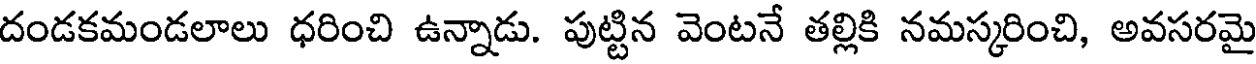
దండకమండలాలు ధరించి ఉన్నాడు. పుట్టిన వెంటనే తల్లికి నమస్కరించి, అవసరమై